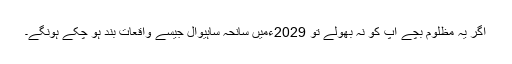
اگر یہ مظلوم بچے آپ کو نہ بھولے تو 2029ءمیں سانحہ ساہیوال جیسے واقعات بند ہو چکے ہونگے۔